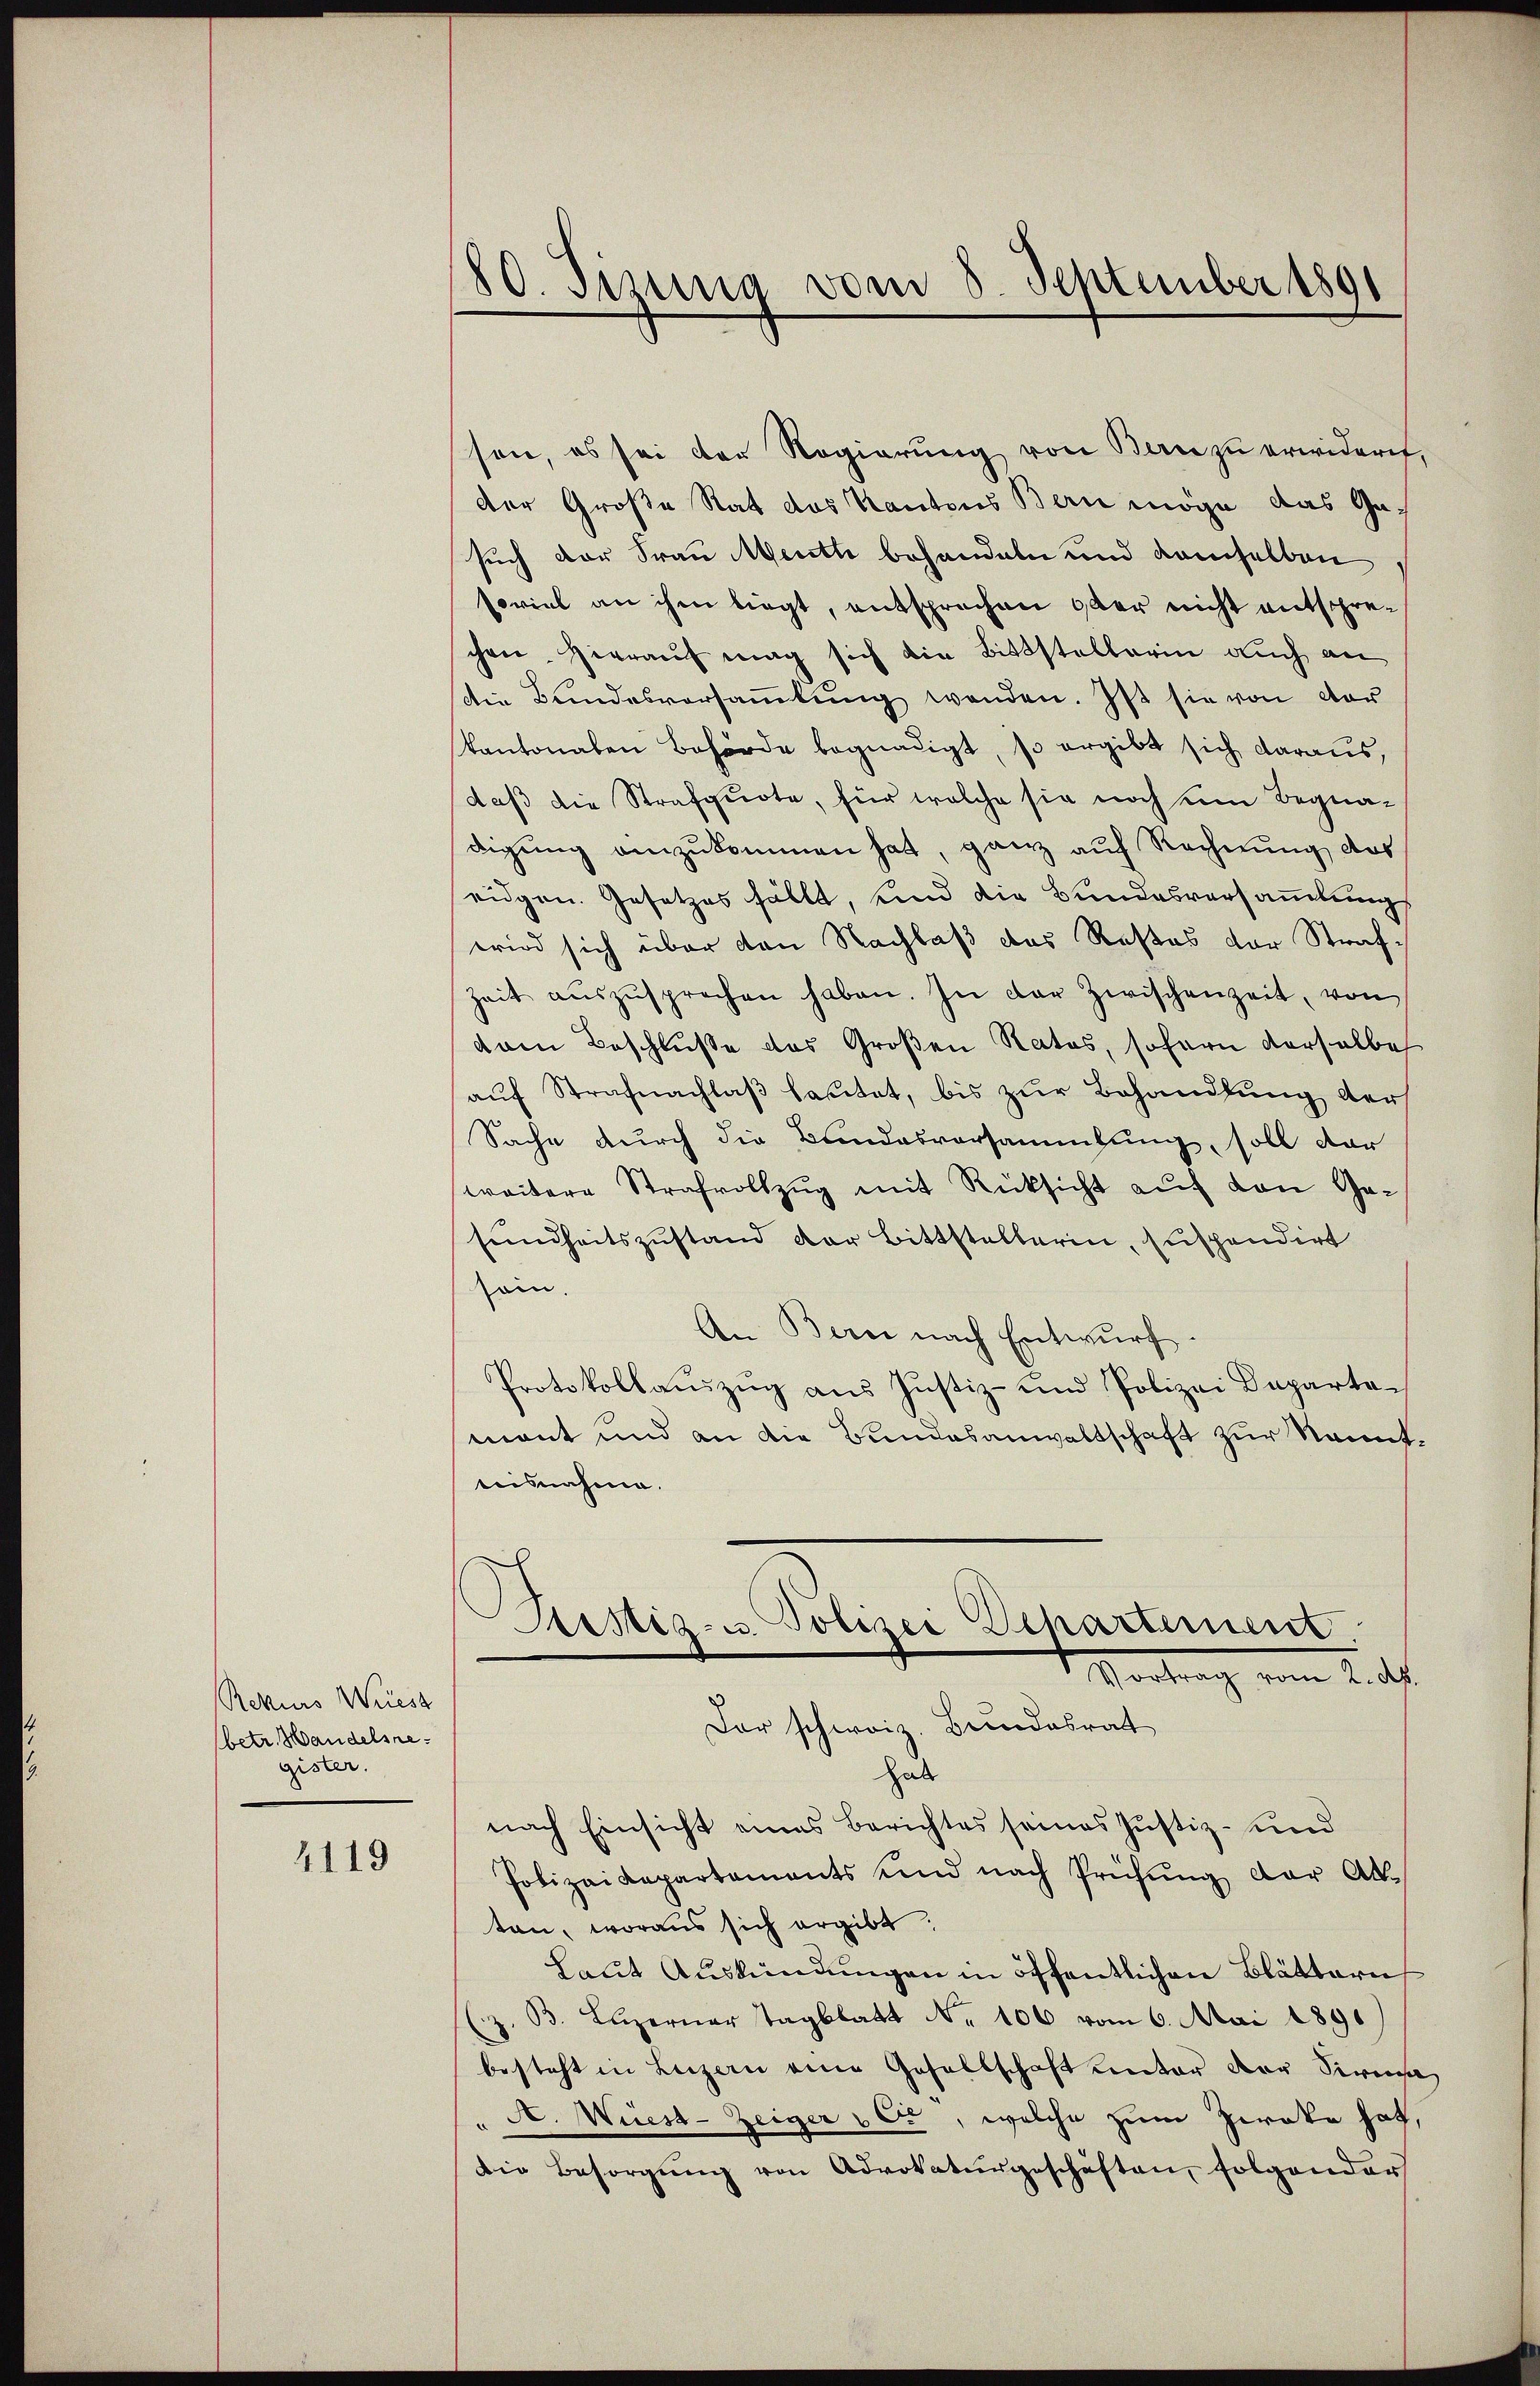
Rekurs Weiest
betr. Handelsregister.

4119

80. Sisung vom 8. September 1891

sen, es sei der Regierung von Bern zu erwidern,
der Große Rat des Kantons Bern möge das Gesuch der Frau Menth behandeln und demselben
soviel an ihm liegt, entsprechen oder nicht entschrechen Hierauf mag sich die Bittstellerin auch an
die Bundesversammlung wenden. Ist sie von vor
kantonalen Behörde begnadigt, so ergibt sich daraus,
daß die Strafquote, für welche sie noch um Begnadigung einzukommen hat, ganz auf Rechnung des
eidgen. Gesetzes fällt, und die Bundesversammlung
wird sich über den Nachlaß das Restes der Straf¬
Zeit aŭszŭsprechen haben. In der Zwischenzeit, von
dam Beschluße des Großen Rates, sofern derselbe
auf Strafnachlaβ fastet, bis zur Behandlung der
Sache durch die Bundesversammlung, soll dar
weitere Strafvollzug mit Rücksicht auf von Gesundheitszustand der Bittstellerin, suspendirt
sein.
An Bern nach Entwurf.
Protokollaŭszŭg aŭs Justiz- und Polizei Departemant und an die Bundesanwaltschaft zur Kenntteisnahme.
Justiz- u. Polizei Departement
Sarrach vom 2. ds.
Der schweiz. Bundesrat
hab
nach Einsicht eines Berichtes seines Justiz- und
Polizeidepartements und nach Prüfŭng der Ab-
ten, woraus sich ergibt.
Laut Auskündungen in öffentlichen Blättern
z. B. Luzerner Tagblatt No 106 vom 6. Mai 1890
besteht in Luzern eine Gesellschaft unter der Sirna
A. Wüest-Zeiger vor, welche zum Zweke hof,
Die Besorgŭng von Advokaturgeschäften, folgender